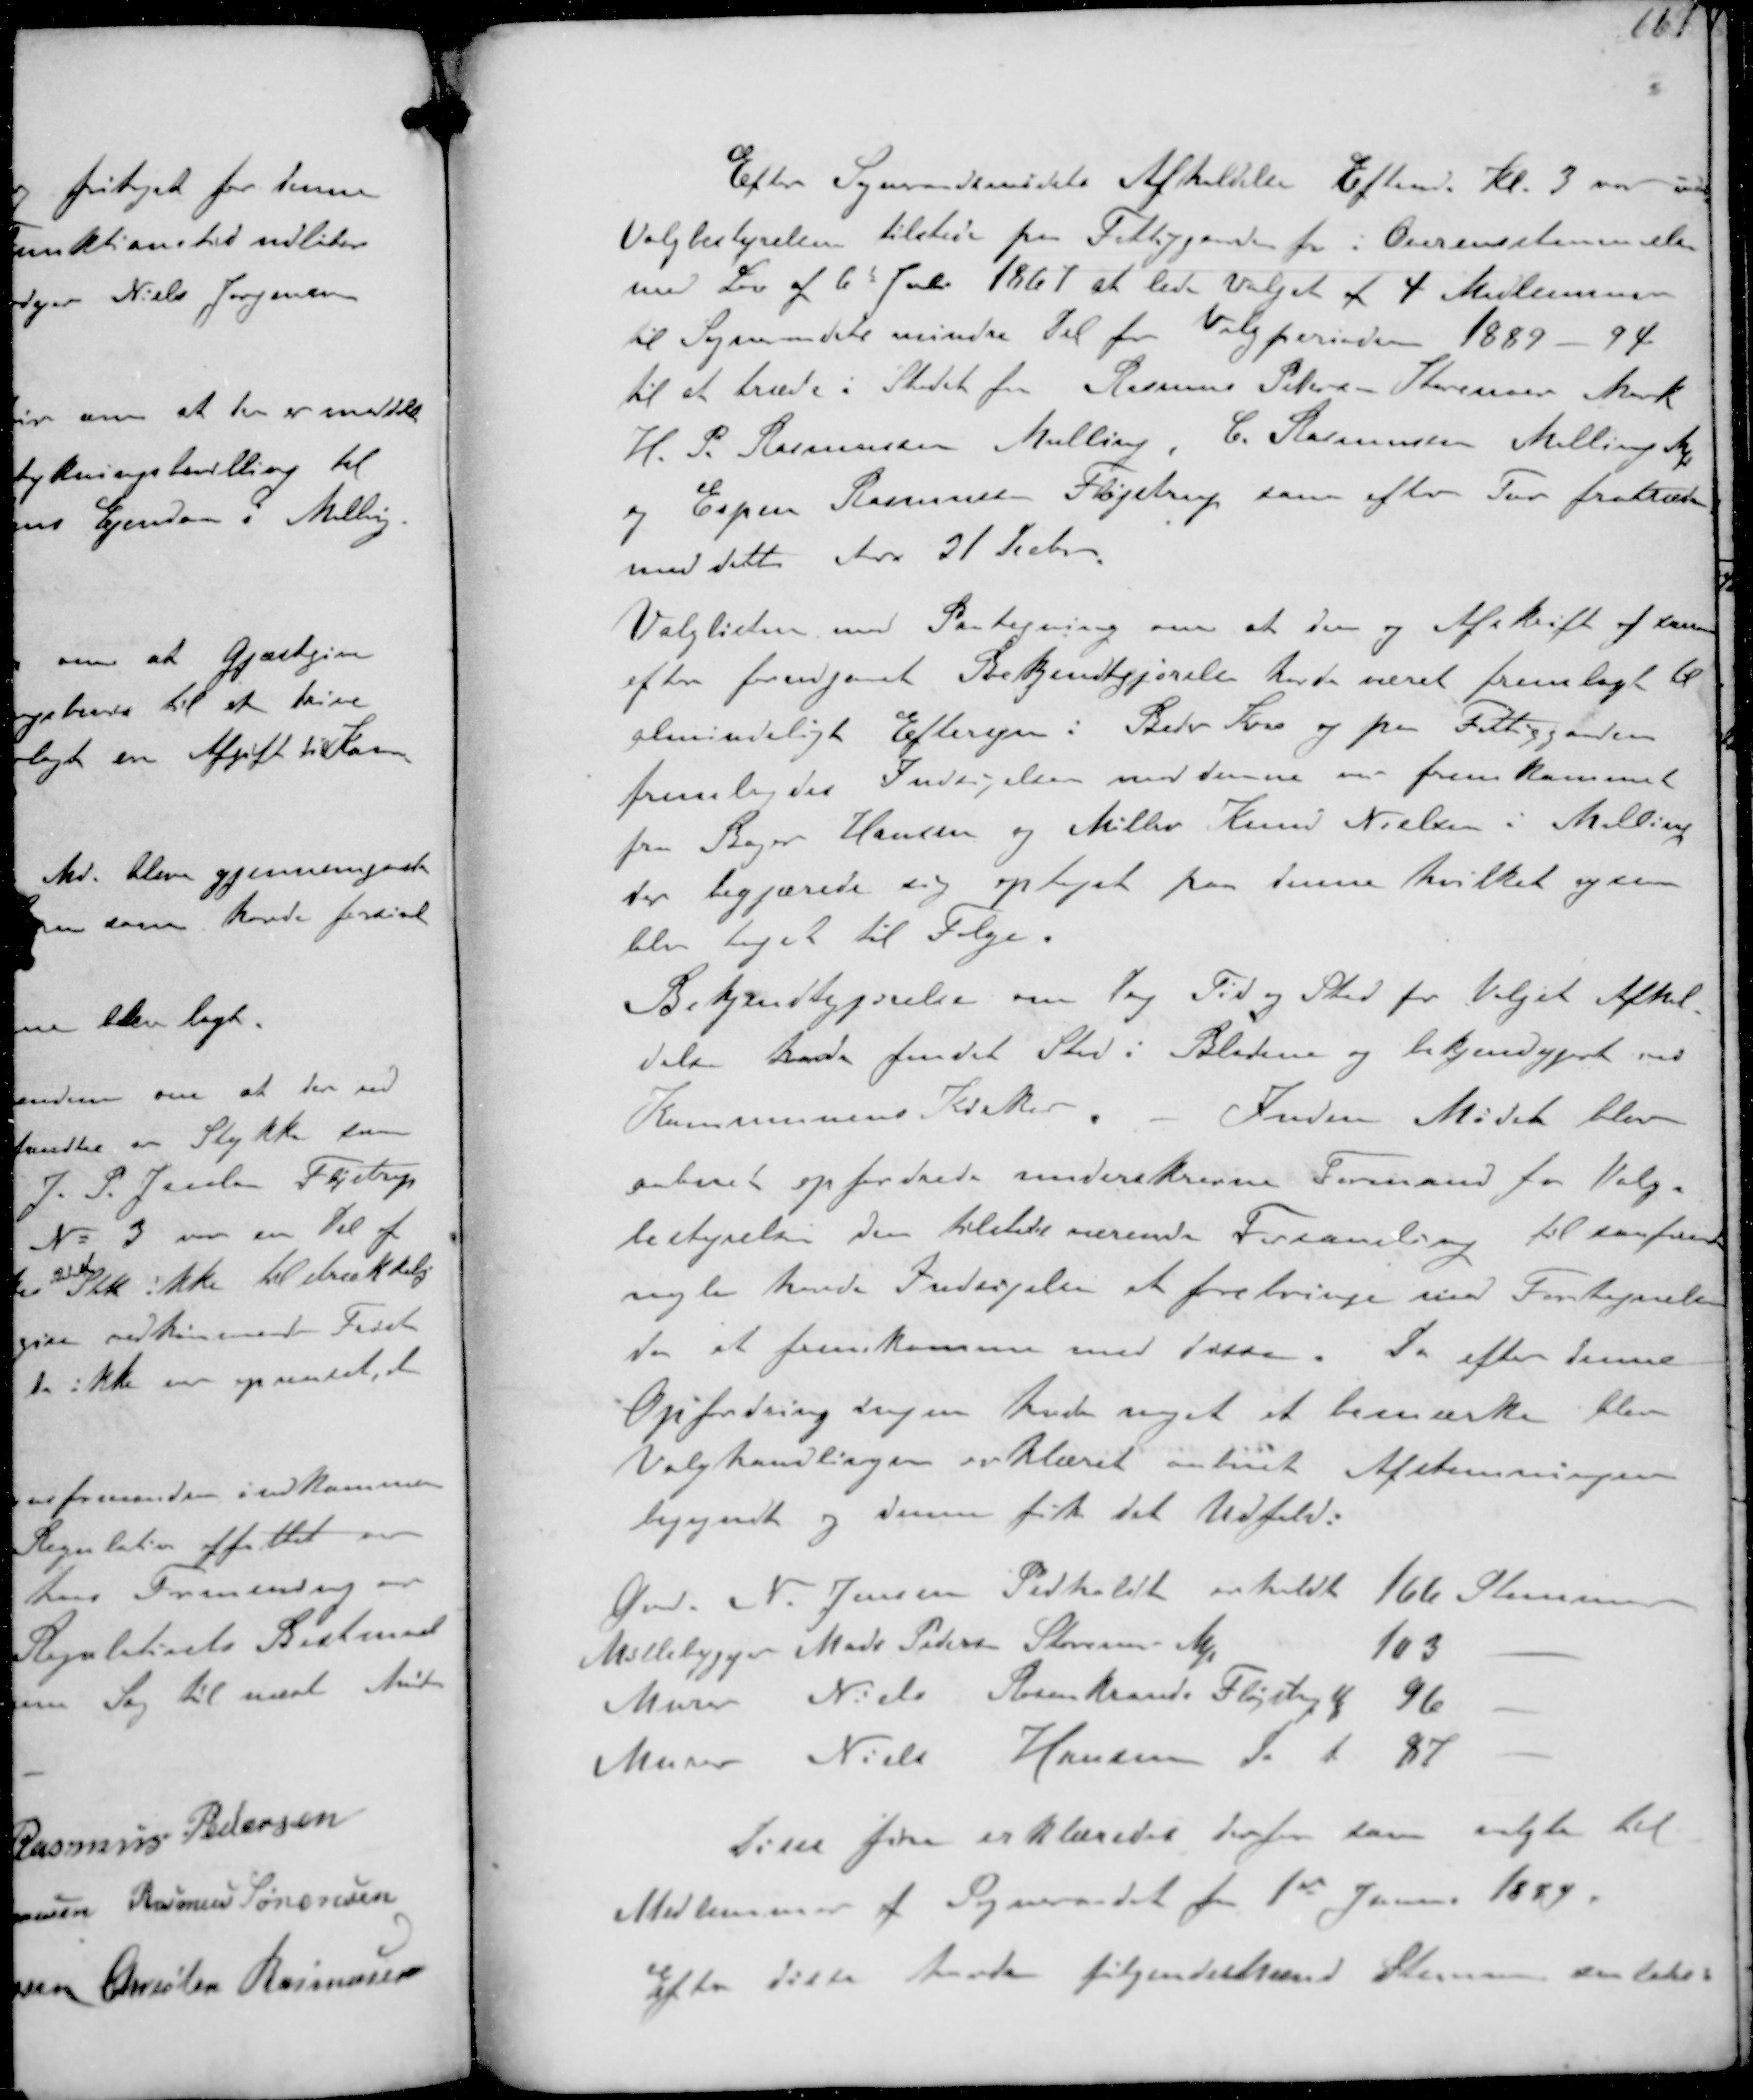
Transskription:
Efter Sogneraadsmødets Afholdelse  Eftermd Kl. 3 var  
Valgbestyrelsen tilstede i Fattiggaarden for i Overensstemmelse
med Lov af 6t Febr 1867 at lede Valget af 4 Medlemmer
til Sogneraadets mindre Del for Valgperioden 1889-94
til at træde i Stedet for Rasmus Pedersen Storenoer Mark
H.P. Rasmussen Malling, C. Rasmussen Malling M
og Espen Rasmussen Fløjstrup som efter Tur fratræder
med dette Aars 31 Decbr
Valglisten med Paategning om at den og Afskrift af samme
efter forudgaaet Bekjendtgørelse havde været fremlagt til
almindeligt Eftersyn i Beder Kro og paa Fattiggaarden
fremlagdes Indsigelse mod denne er fremkommet
fra Bager Hansen og Møller Knud Nielsen i Malling
der begjærede sig optaget paa disse hvilket ogsaa
blev taget til Følge.
Bekjendtgørelse om Dag Tid og Sted for Valgets Afhol-
delse havde fundet Sted i Bladene og bekjendtgjort ved
Kommunens Kirker. Inden Mødet blev
aabnet opfordrede underskrevne Formand for Valg-
bestyrelsen den tilstedeværende Forsamling til saafremt
nogle havde Indsigelse at frembringe mod Fortegnelsen
da at fremkomme med disse Da efter denne
Opfordring ingen havde noget at bemærke blev
Valghandlingen erklæret som beset Afstemningen
begyndt og denne fik det Udfald:
Gmd N. Jensen Pedholdt erholdt 166 Stemmer
Møllebygger Mads Pedersen Storenoer M 103 -
Murer Niels Rosenkrands Fløjstrup M 96 -
Murer Niels Hansen do 87 -
Disse fire erklæredes derfor som valgte til
Medlemmer af Sogneraadet fra 1st Januar 1889
Efter disse havde følgende Mænd Stemmer saaledes